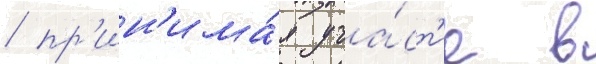
/ пр'ин'има́я уча́ст'ие в